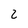
Character: 2